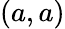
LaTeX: (a,a)